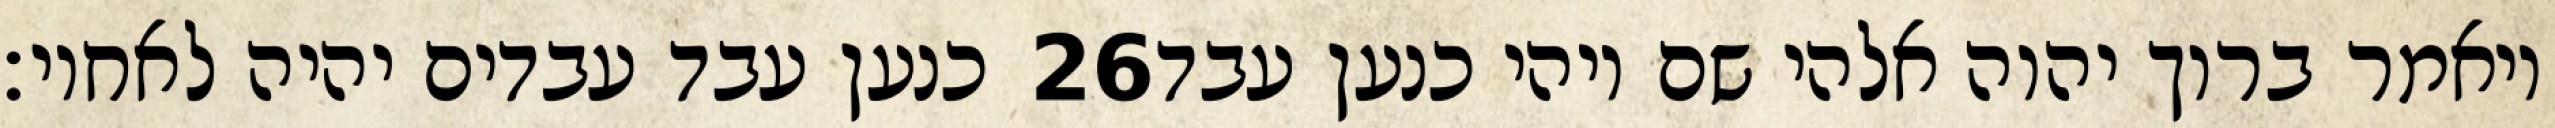
כנען עבד עבדים יהיה לאחיו׃ ‎26‏ ויאמר ברוך יהוה אלהי שם ויהי כנען עבד